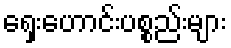
ရှေးဟောင်းပစ္စည်းများ